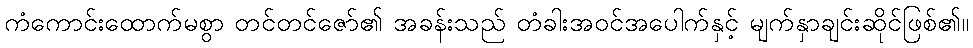
ကံကောင်းထောက်မစွာ တင်တင်ဇော်၏ အခန်းသည် တံခါးအဝင်အပေါက်နှင့် မျက်နှာချင်းဆိုင်ဖြစ်၏။